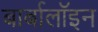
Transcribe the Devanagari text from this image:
बार्बालॉइन